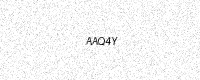
Text: AAQ4Y